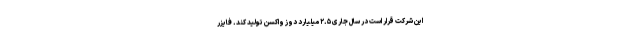
این شرکت قرار است در سال جاری ۲.۵ میلیارد دوز واکسن تولید کند. فایزر